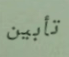
تأبين